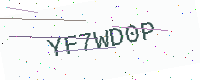
Text: YF7WD0P